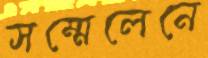
সম্মেলেনে